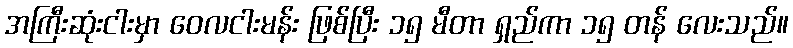
အကြီးဆုံးငါးမှာ ဝေလငါးမန်း ဖြစ်ပြီး ၁၅ မီတာ ရှည်ကာ ၁၅ တန် လေးသည်။